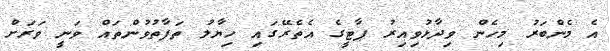
އެ މެންބަރު މިހެން ވިދާޅުވިއިރު ޕާޓީގެ އެތެރޭގައި ހިޔާލު ތަފާތުވުންތައް ވަނީ ވަރަށް